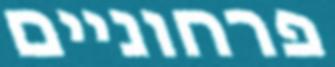
פרחוניים